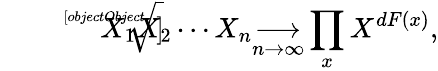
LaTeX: {\sqrt[[objectObject]]{X_{1}X_{2}\cdots X_{n}}}{\underset{n\to\infty}{\longrightarrow}}\prod_{x}X^{dF(x)},